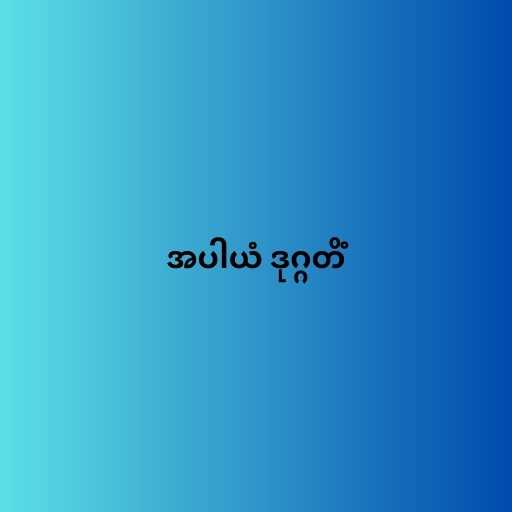
အပါယံ ဒုဂ္ဂတိံ